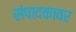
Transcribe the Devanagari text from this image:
संपादकावर